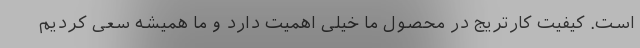
است. کیفیت کارتریج در محصول ما خیلی اهمیت دارد و ما همیشه سعی کردیم